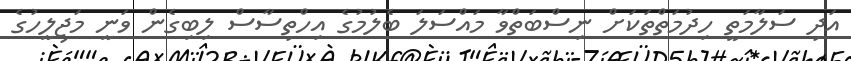
އަދި ސަލާމަތީ ހިދުމަތްތަކަށް ނިސްބަތްވާ މައްސަލަ ބެލުމުގެ އިހްތިސާސް ލިބިގެން ވަނީ މަޖިލީހުގެ